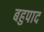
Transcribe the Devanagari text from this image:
बहुपाद